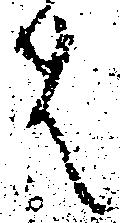
は